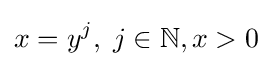
x=y^{j},\;j\in \mathbb {N} ,x>0